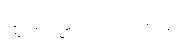
ထွက်လာတတ်ပါတယ်။